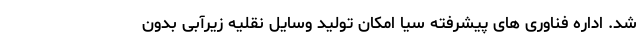
شد. اداره فناوری های پیشرفته سیا امکان تولید وسایل نقلیه زیرآبی بدون